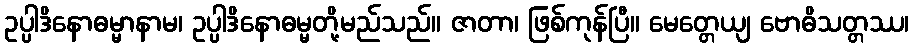
ဥပ္ပါဒိနောဓမ္မာနာမ၊ ဥပ္ပါဒိနောဓမ္မတို့မည်သည်။ ဇာတာ၊ ဖြစ်ကုန်ပြီ။ မေတ္တေယျ ဗောဓိသတ္တဿ၊